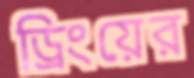
ড্রিংয়ের